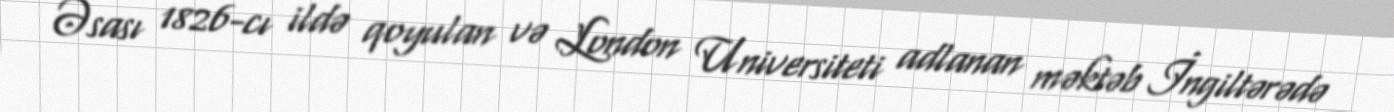
Əsası 1826-cı ildə qoyulan və London Universiteti adlanan məktəb İngiltərədə